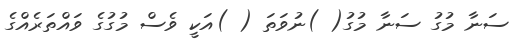
ސަނާ މުގު ސަނާ މުގު( )ނުވަތަ ( )އަކީ ވެސް މުގުގެ ވައްތަރެއްގެ